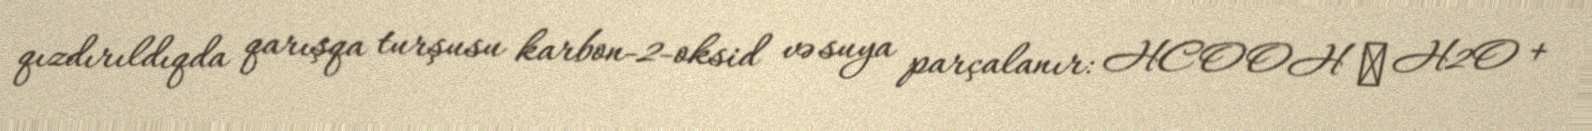
qızdırıldıqda qarışqa turşusu karbon-2-oksid və suya parçalanır: HCOOH → H2O +